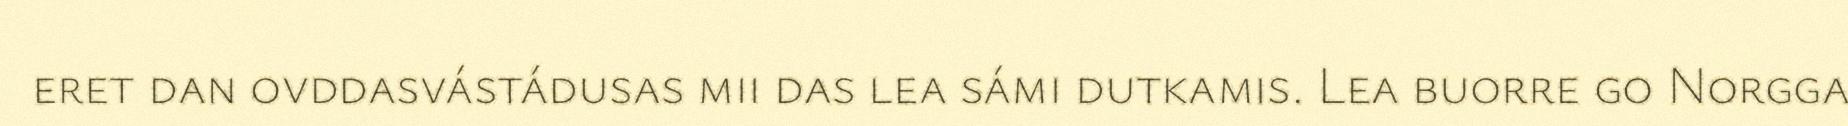
eret dan ovddasvástádusas mii das lea sámi dutkamis. Lea buorre go Norgga